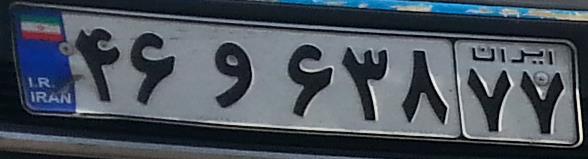
۴۶و۶۳۸۷۷